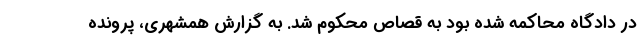
در دادگاه محاکمه شده بود به قصاص محکوم شد. به گزارش همشهری، پرونده